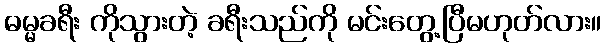
ဓမ္မခရီး ကိုသွားတဲ့ ခရီးသည်ကို မင်းတွေ့ပြီမဟုတ်လား။